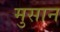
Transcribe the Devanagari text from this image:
मुसान